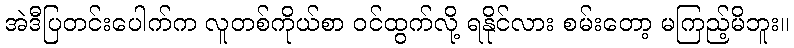
အဲဒီပြတင်းပေါက်က လူတစ်ကိုယ်စာ ဝင်ထွက်လို့ ရနိုင်လား စမ်းတော့ မကြည့်မိဘူး။